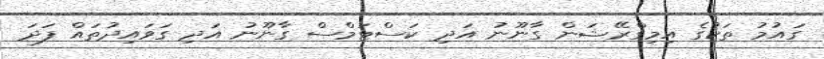
ގައުމު ތަކުގެ އިމިގްރޭޝަން ގާނޫނު އަދި ކަސްޓަމްސް ގާނޫނު އަދި ގަވައިދުތައް ފަދަ